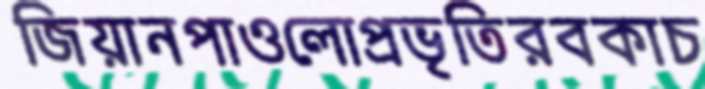
জিয়ানপাওলোপ্রভৃতিরবকাচ